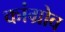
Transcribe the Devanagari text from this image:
कांग्रोव